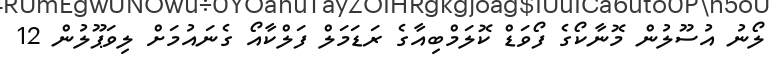
ލޯނު އުސޫލުން މޮނާކޯގެ ފޯވަޑް ކޮލަމްބިއާގެ ރަޑަމަލް ފަލްކާއޯ ގެނައުމަށް ލިވަޕޫލުން 12